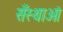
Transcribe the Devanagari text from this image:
सँस्थाओं